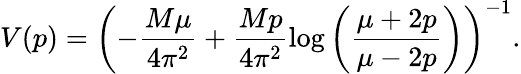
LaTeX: V(p)=\left(-\frac{M\mu}{4\pi^{2}}+\frac{Mp}{4\pi^{2}}\log\left(\frac{\mu+2p}{\mu-2p}\right)\right)^{-1}.